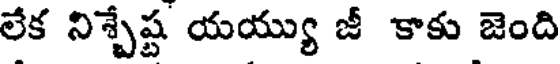
లేక నిశ్చేష్ట యయ్యు జీ కాకు జెంది